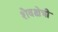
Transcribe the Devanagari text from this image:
शैवक्षेत्री